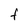
Character: F